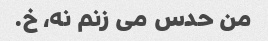
من حدس می زنم نه، خ.